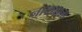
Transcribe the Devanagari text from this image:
नाक्याला